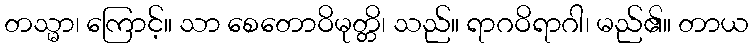
တသ္မာ၊ ကြောင့်။ သာ စေတောဝိမုတ္တိ၊ သည်။ ရာဂဝိရာဂါ၊ မည်၏။ တာယ